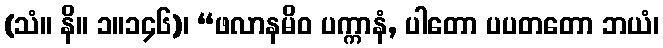
(သံ။ နိ။ ၁။၁၄၆)၊ “ဖလာနမိဝ ပက္ကာနံ, ပါတော ပပတတော ဘယံ၊